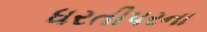
ધરતીપરના